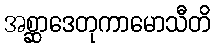
အစ္ဆာဒေတုကာမောသီတိ